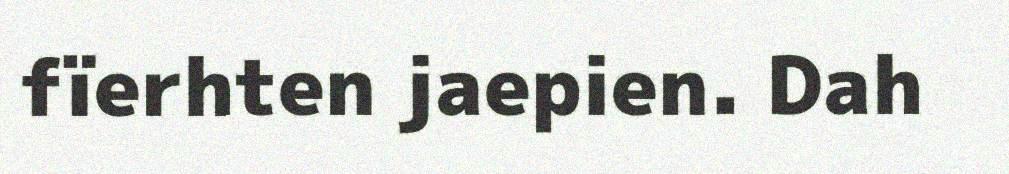
fïerhten jaepien. Dah